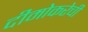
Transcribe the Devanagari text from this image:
दीमोकरेची